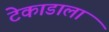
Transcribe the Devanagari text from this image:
टेकाडाला